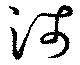
沛